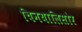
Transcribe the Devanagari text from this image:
चिनयालिसौर